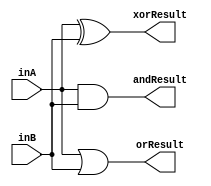
//Jack Gentsch, Jacky Wang, Chinh Bui
//EE 469, Dr. Peckol 4/15/16
// 32-bit model of the logical operations unit
module logicUnit (andResult, orResult, xorResult, inA, inB);
	output [31:0] andResult, orResult, xorResult;
	input [31:0] inA, inB;

	assign andResult = inA & inB;
	assign orResult = inA | inB;
	assign xorResult = inA ^ inB;

endmodule